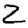
Digit: 2